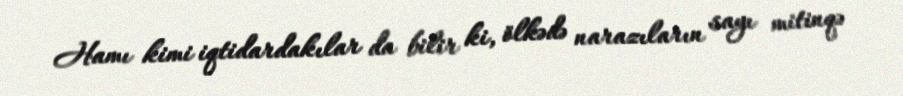
Hamı kimi iqtidardakılar da bilir ki, ölkədə narazıların sayı mitinqə